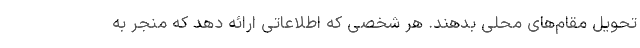
تحویل مقام‌های محلی بدهند. هر شخصی که اطلاعاتی ارائه دهد که منجر به